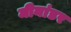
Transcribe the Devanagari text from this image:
मीनांडर